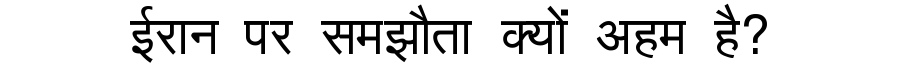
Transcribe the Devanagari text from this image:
ईरान पर समझौता क्यों अहम है?